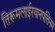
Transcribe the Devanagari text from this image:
तिरूमलाईरयानपत्तिनम